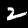
Digit: 2